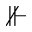
\nVdash